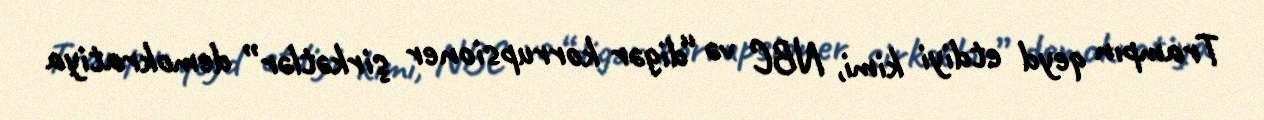
Trampın qeyd etdiyi kimi, NBC və “digər korrupsioner şirkətlər” demokratiya